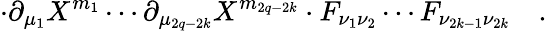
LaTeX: \cdot\partial_{\mu_{1}}X^{m_{1}}\cdots\partial_{\mu_{2q-2k}}X^{m_{2q-2k}}\cdot F_{\nu_{1}\nu_{2}}\cdots F_{\nu_{2k-1}\nu_{2k}}\quad.